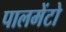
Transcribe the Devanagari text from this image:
पालमेंटो